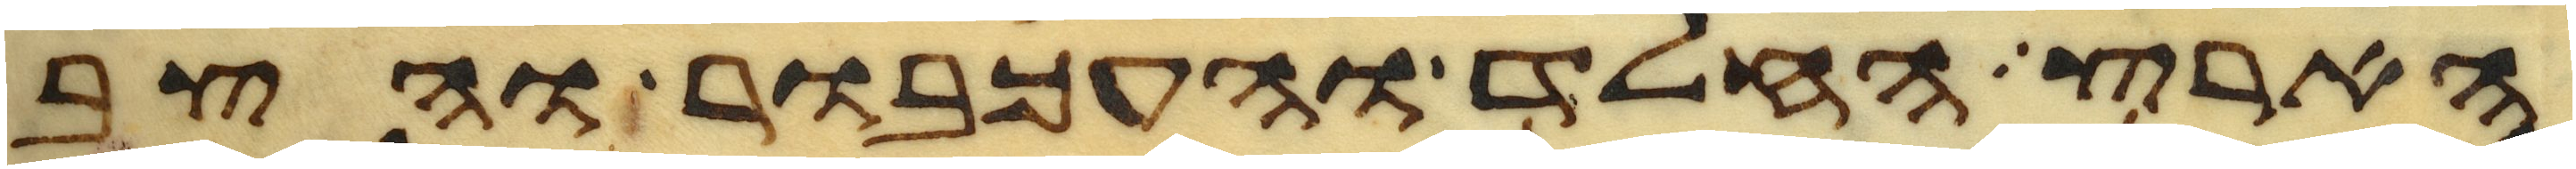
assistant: הארץ החלד והעכבור והצב